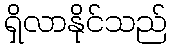
ရှိလာနိုင်သည်